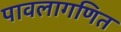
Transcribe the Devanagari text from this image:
पावलागणित